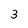
Character: 3